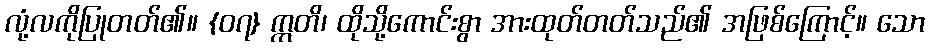
လုံ့လကိုပြုတတ်၏။ {၀၇} ဣတိ၊ ထိုသို့ကောင်းစွာ အားထုတ်တတ်သည်၏ အဖြစ်ကြောင့်။ သော